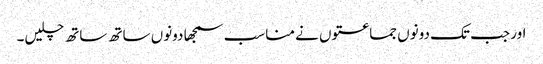
اور جب تک دونوں جماعتوں نے مناسب سمجھا دونوں ساتھ ساتھ چلیں۔